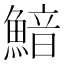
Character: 𩹎